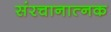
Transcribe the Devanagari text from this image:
संरचानात्नक